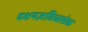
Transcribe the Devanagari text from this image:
दक्षयज्ञविध्वसंक